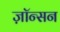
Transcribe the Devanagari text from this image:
ज़ॉन्सन